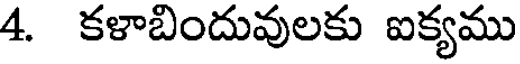
4. కళాబిందువులకు ఐక్యము